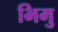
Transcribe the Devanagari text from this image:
भिमु